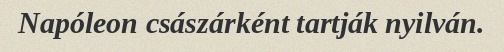
Napóleon császárként tartják nyilván.